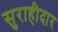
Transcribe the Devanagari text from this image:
सुराहीदार